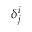
\delta _ { j } ^ { i }